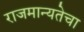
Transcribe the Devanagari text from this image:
राजमान्यतेचा